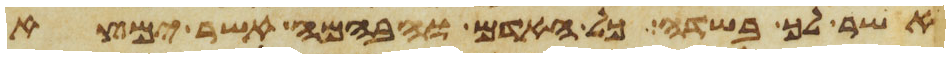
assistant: אשר לך בשדה כל האדם והבהמה אשר ימצא